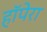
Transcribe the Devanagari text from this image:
हॉपेरा